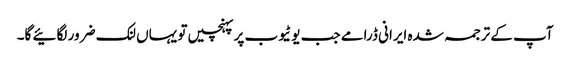
آپ کے ترجمہ شدہ ایرانی ڈرامے جب یوٹیوب پر پہنچیں تو یہاں لنک ضرور لگائیے گا۔